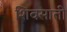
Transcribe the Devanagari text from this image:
शिवसाती